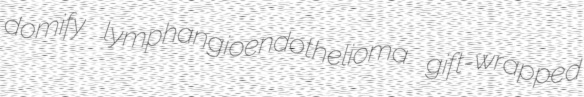
domify lymphangioendothelioma gift-wrapped